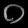
Digit: ၀